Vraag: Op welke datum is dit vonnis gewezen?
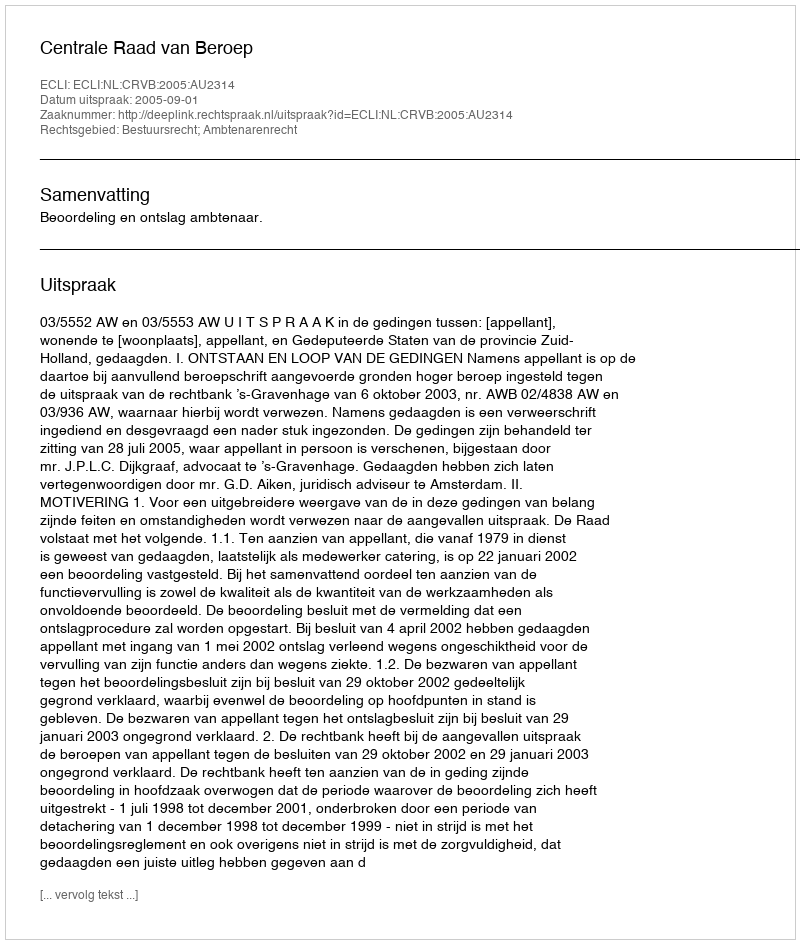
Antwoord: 2005-09-01